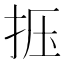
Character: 𰓗